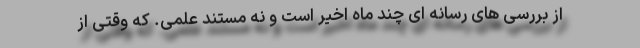
از بررسی های رسانه ای چند ماه اخیر است و نه مستند علمی. که وقتی از